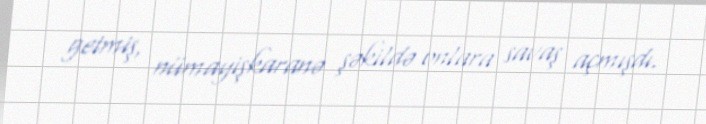
getmiş, nümayişkaranə şəkildə onlara savaş açmışdı.